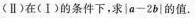
(Ⅱ) 在(Ⅰ)的条件下，求$$| a - 2 b |$$的值。